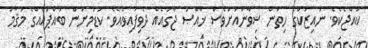
ކުއްޖެކެވެ. ނައިޒަކްގެ ހިތުން ޝިވާންއަށްވެސް ޚާއްޞަ ޖާގައެއް ދެވިފައިވެއެވެ. ކުޑަމިނުން ބައްޕައެއްގެ މަޤާމު